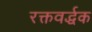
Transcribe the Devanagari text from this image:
रक्तवर्द्धक